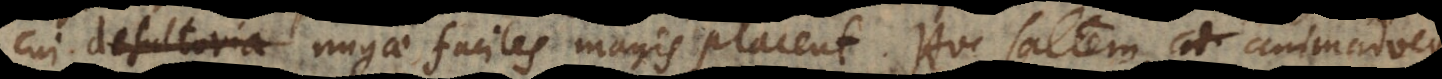
cui desultoria nugae faciles magis placent. Hoc saltem animadver